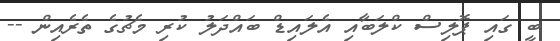
ބީ ގައި ޕޮލިސް ކްލަބާއި އެލައިޑް ބައްދަލު ކުރި މެޗުގެ ތެރެއިން --